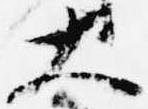
大